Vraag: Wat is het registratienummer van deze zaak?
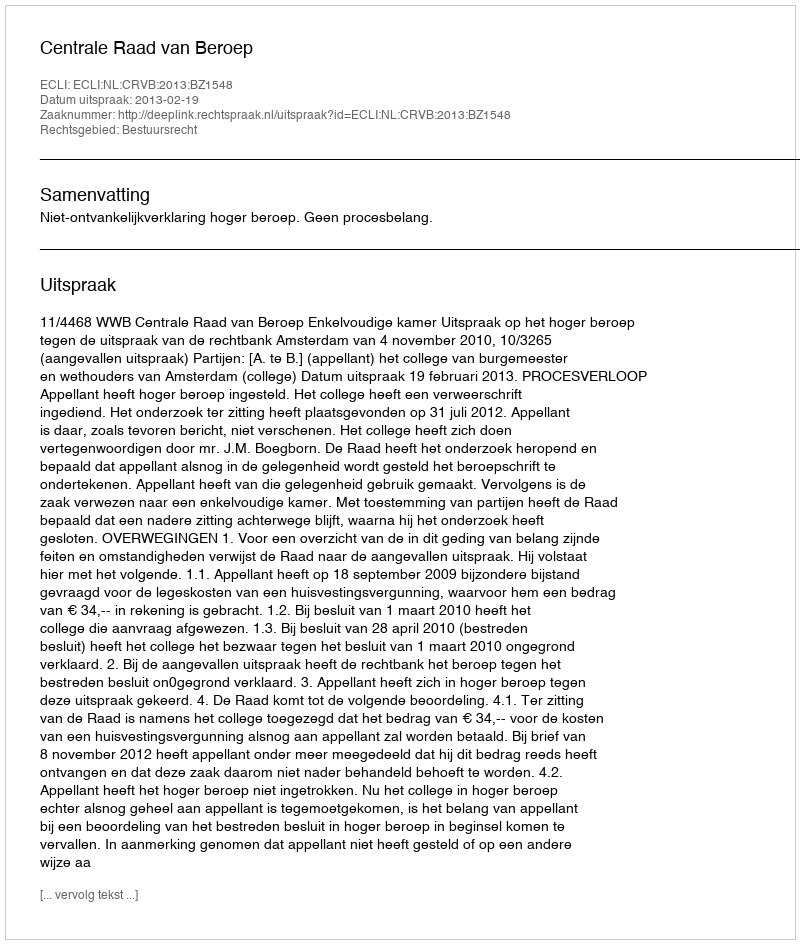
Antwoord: http://deeplink.rechtspraak.nl/uitspraak?id=ECLI:NL:CRVB:2013:BZ1548